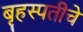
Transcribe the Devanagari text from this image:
बृहस्पतीचे